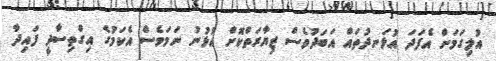
އުލިގަމަށް އެފަދަ އުޅަނދުތައް އަބަދުވެސް ޒިޔާރަތްކޮށް އުޅުނު ނަމަވެސް އެކަމުގެ އިގްތިސާދީ ފައިދާ